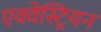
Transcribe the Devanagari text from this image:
एक्वेस्ट्रियन